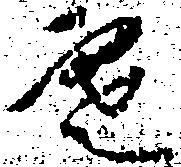
寒